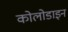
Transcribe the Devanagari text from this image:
कोलोडाइन